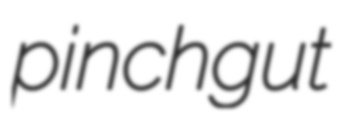
pinchgut